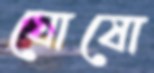
ঘোষো